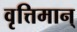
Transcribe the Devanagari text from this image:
वृत्तिमान्‌